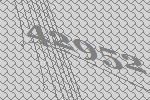
42952